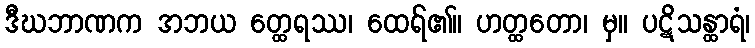
ဒီဃဘာဏက အဘယ တ္ထေရဿ၊ ထေရ်၏။ ဟတ္ထတော၊ မှ။ ပဋိသန္ထာရံ၊